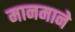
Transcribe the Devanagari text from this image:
मानमाने